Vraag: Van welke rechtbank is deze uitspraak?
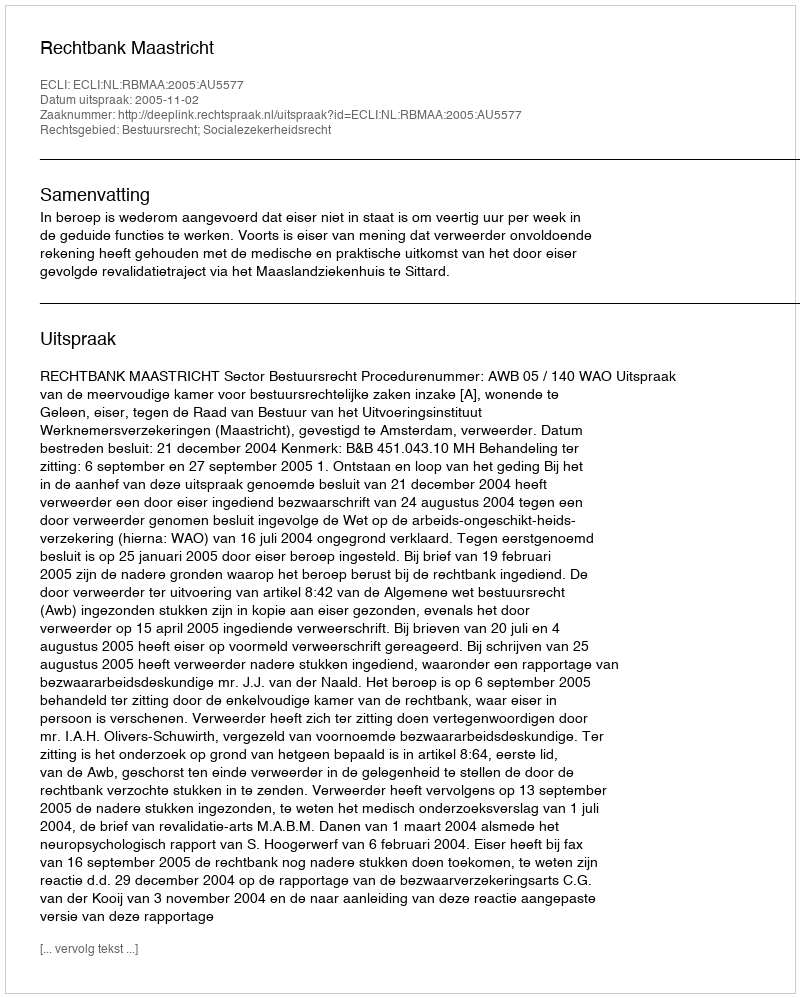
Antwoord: Rechtbank Maastricht